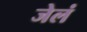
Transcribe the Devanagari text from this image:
जेलं